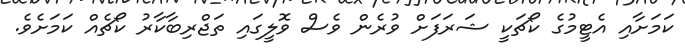
ކަމަށާއި އެޓީމުގެ ކޯޗަކީ ޝަރަފަށް ވުރެން ވެސް ވޮލީގައި ތަޖްރިބާކާރު ކޯޗެއް ކަމަށެވެ.